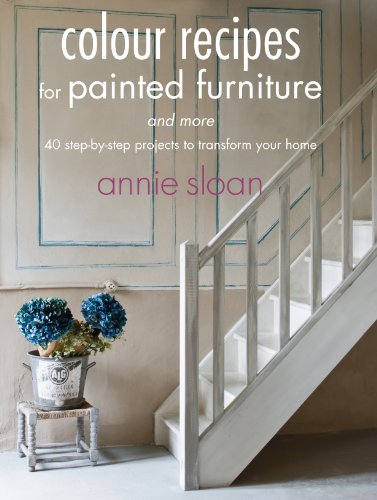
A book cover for Colour Recipes for Painted Furniture and More; Annie Sloan; Crafts, Hobbies & Home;